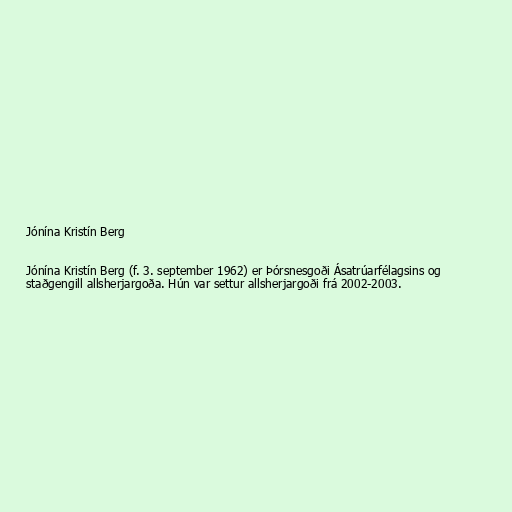
Jónína Kristín Berg

Jónína Kristín Berg (f. 3. september 1962) er Þórsnesgoði Ásatrúarfélagsins og
staðgengill allsherjargoða. Hún var settur allsherjargoði frá 2002-2003.